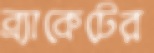
ব্র্যাকেটের